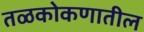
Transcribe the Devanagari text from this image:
तळकोकणातील